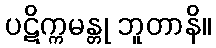
ပဋိက္ကမန္တု ဘူတာနိ။